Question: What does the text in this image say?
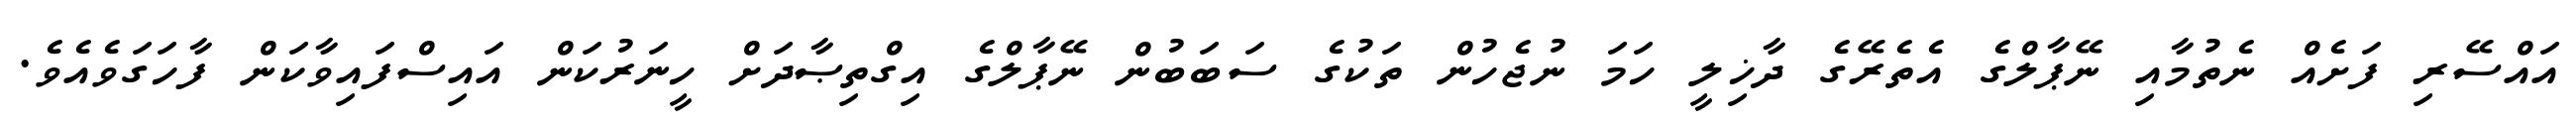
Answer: އައްސޭރި ފަށެއް ނެތުމާއި ނޭޕާލްގެ އެތެރޭގެ ދާޚިލީ ހަމަ ނުޖެހުން ތަކުގެ ސަބަބުން ނޭޕާލްގެ އިގްތިޞާދަށް ހީނަރުކަން އައިސްފައިވާކަން ފާހަގަވެއެވެ.